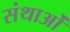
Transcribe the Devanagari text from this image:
संथाओं